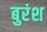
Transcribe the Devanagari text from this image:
बुरंश